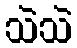
သဲသဲ